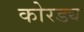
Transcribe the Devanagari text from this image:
कोरड्य